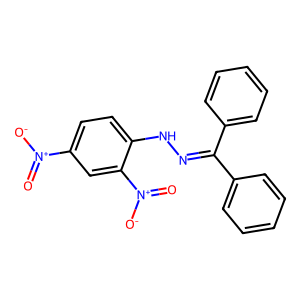
SMILES: O=[N+]([O-])c1ccc(NN=C(c2ccccc2)c2ccccc2)c([N+](=O)[O-])c1
Inhibits HIV replication: No